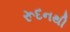
રૂદનથી